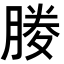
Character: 𭩃